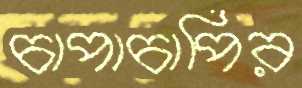
চাপাচাপির